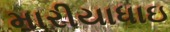
મારીયાધાઇ